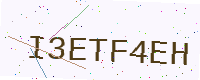
Text: I3ETF4EH